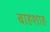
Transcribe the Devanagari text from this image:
बाहशाह